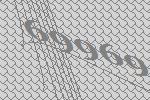
69969